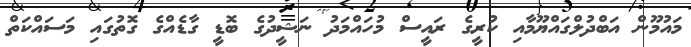
މައުމޫން އަބްދުލްގައްޔޫމާއި ކުރީގެ ރައީސް މުހައްމަދު ނަޝީދުގެ ބޮޑީ ގާޑެއްގެ ގޮތުގައި މަސައްކަތް